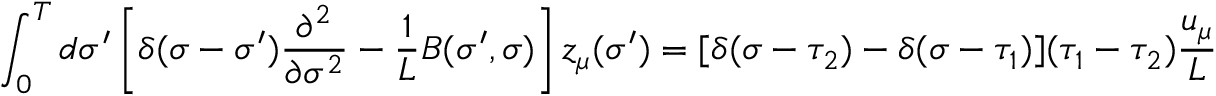
\int _ { 0 } ^ { T } d \sigma ^ { \prime } \left[ \delta ( \sigma - \sigma ^ { \prime } ) \frac { \partial ^ { 2 } } { \partial \sigma ^ { 2 } } - { \frac { 1 } { L } } B ( \sigma ^ { \prime } , \sigma ) \right] z _ { \mu } ( \sigma ^ { \prime } ) = [ \delta ( \sigma - \tau _ { 2 } ) - \delta ( \sigma - \tau _ { 1 } ) ] ( \tau _ { 1 } - \tau _ { 2 } ) \frac { u _ { \mu } } { L }